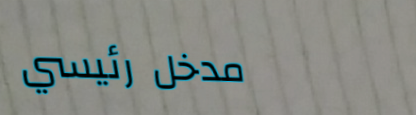
مدخل رئيسي